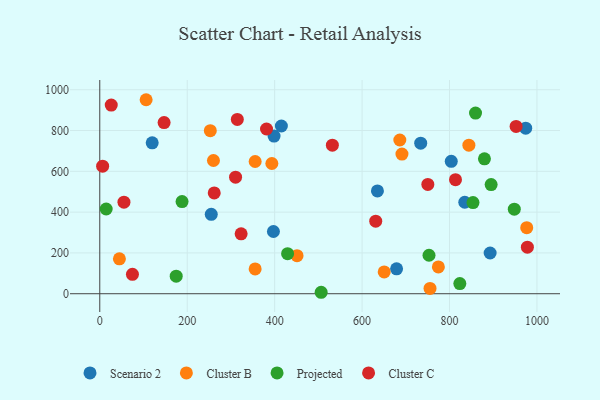
{"axis": {"x": "Ad Spend", "y": "Profit"}, "legend": ["Cluster B", "Cluster C", "Projected", "Scenario 2"], "data": [{"x": "834.9", "y": 448.5, "type": "Scenario 2"}, {"x": "734.1", "y": 737.8, "type": "Scenario 2"}, {"x": "804.0", "y": 649.0, "type": "Scenario 2"}, {"x": "635.1", "y": 504.0, "type": "Scenario 2"}, {"x": "398.6", "y": 773.0, "type": "Scenario 2"}, {"x": "678.9", "y": 122.1, "type": "Scenario 2"}, {"x": "119.9", "y": 739.7, "type": "Scenario 2"}, {"x": "255.0", "y": 389.1, "type": "Scenario 2"}, {"x": "397.2", "y": 305.1, "type": "Scenario 2"}, {"x": "892.9", "y": 199.7, "type": "Scenario 2"}, {"x": "415.4", "y": 822.2, "type": "Scenario 2"}, {"x": "974.3", "y": 811.3, "type": "Scenario 2"}, {"x": "976.6", "y": 323.7, "type": "Cluster B"}, {"x": "691.2", "y": 684.6, "type": "Cluster B"}, {"x": "355.4", "y": 121.7, "type": "Cluster B"}, {"x": "106.0", "y": 951.0, "type": "Cluster B"}, {"x": "260.0", "y": 653.0, "type": "Cluster B"}, {"x": "774.5", "y": 131.3, "type": "Cluster B"}, {"x": "755.4", "y": 25.9, "type": "Cluster B"}, {"x": "393.6", "y": 638.4, "type": "Cluster B"}, {"x": "44.9", "y": 171.2, "type": "Cluster B"}, {"x": "355.4", "y": 648.2, "type": "Cluster B"}, {"x": "844.3", "y": 728.4, "type": "Cluster B"}, {"x": "451.2", "y": 186.6, "type": "Cluster B"}, {"x": "686.3", "y": 753.6, "type": "Cluster B"}, {"x": "650.6", "y": 106.9, "type": "Cluster B"}, {"x": "252.8", "y": 799.4, "type": "Cluster B"}, {"x": "823.6", "y": 49.6, "type": "Projected"}, {"x": "14.6", "y": 415.4, "type": "Projected"}, {"x": "948.2", "y": 414.7, "type": "Projected"}, {"x": "429.6", "y": 196.2, "type": "Projected"}, {"x": "879.9", "y": 661.1, "type": "Projected"}, {"x": "174.8", "y": 85.8, "type": "Projected"}, {"x": "859.5", "y": 885.5, "type": "Projected"}, {"x": "853.7", "y": 446.6, "type": "Projected"}, {"x": "895.2", "y": 535.0, "type": "Projected"}, {"x": "188.2", "y": 451.6, "type": "Projected"}, {"x": "506.4", "y": 7.1, "type": "Projected"}, {"x": "753.1", "y": 188.6, "type": "Projected"}, {"x": "978.1", "y": 228.0, "type": "Cluster C"}, {"x": "952.3", "y": 820.0, "type": "Cluster C"}, {"x": "6.5", "y": 625.3, "type": "Cluster C"}, {"x": "631.2", "y": 355.4, "type": "Cluster C"}, {"x": "532.0", "y": 728.4, "type": "Cluster C"}, {"x": "813.7", "y": 558.9, "type": "Cluster C"}, {"x": "26.2", "y": 924.9, "type": "Cluster C"}, {"x": "323.3", "y": 293.5, "type": "Cluster C"}, {"x": "147.1", "y": 839.1, "type": "Cluster C"}, {"x": "74.7", "y": 95.0, "type": "Cluster C"}, {"x": "55.3", "y": 449.0, "type": "Cluster C"}, {"x": "750.4", "y": 535.8, "type": "Cluster C"}, {"x": "381.4", "y": 807.6, "type": "Cluster C"}, {"x": "261.8", "y": 493.9, "type": "Cluster C"}, {"x": "314.6", "y": 854.4, "type": "Cluster C"}, {"x": "310.6", "y": 571.1, "type": "Cluster C"}]}